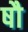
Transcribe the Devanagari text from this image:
षौ